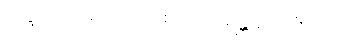
ဘဒ္ဒိယော ခဏ္ဍဒေပါ စ၊ ဗာဟုရန္တိ စ သင်္ဂိယော။